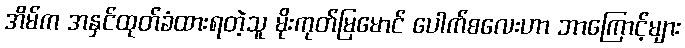
အိမ်က အနှင်ထုတ်ခံထားရတဲ့သူ မိုးကုတ်မြမောင် ပေါက်စလေးဟာ ဘာကြောင့်များ